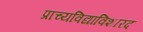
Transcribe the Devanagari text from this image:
प्राच्यविद्याविशारद